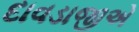
દાવડાજીએ